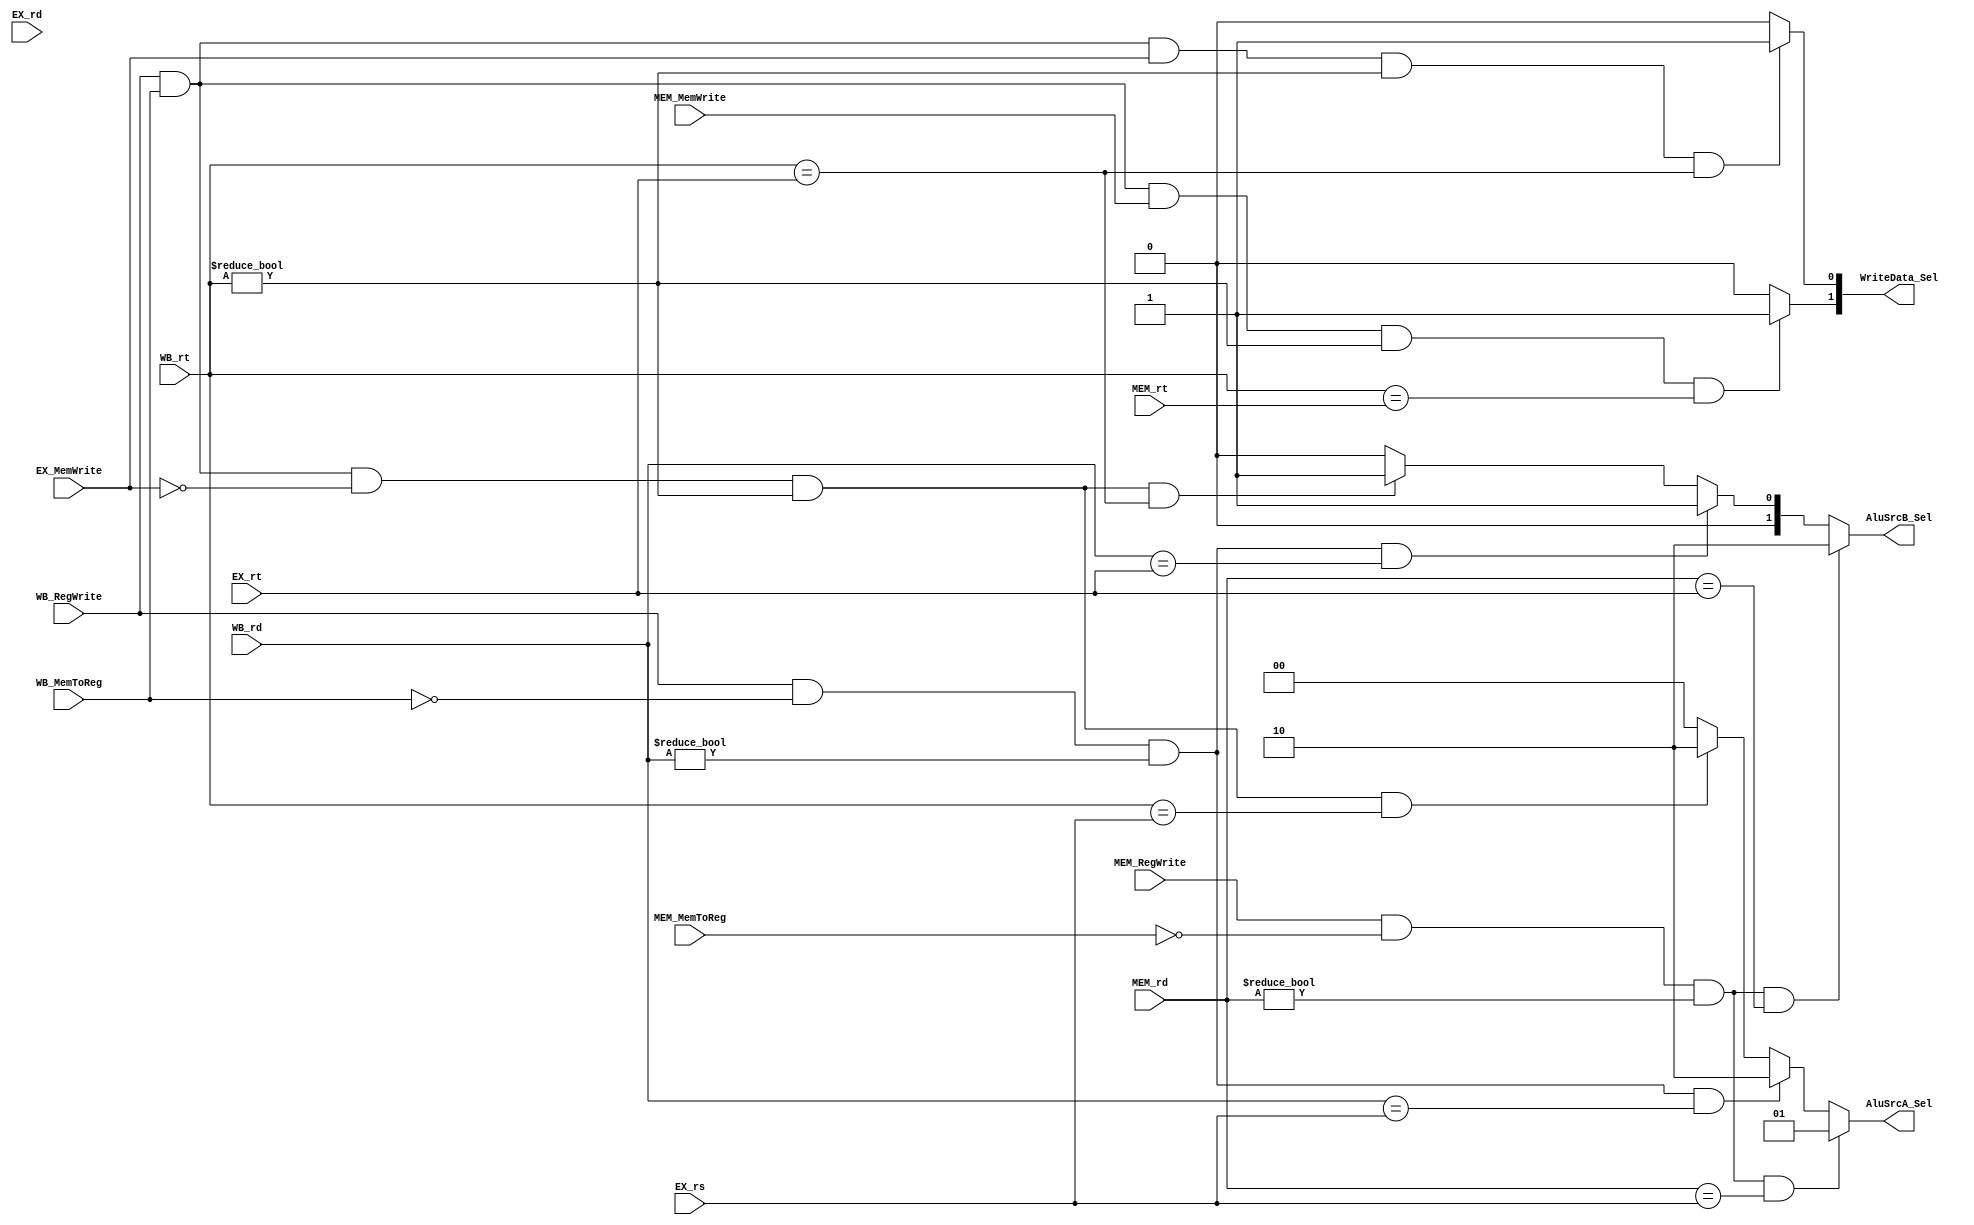
`timescale 1ns / 1ps

module ForwardUnit(
    input [4:0] EX_rs,
    input [4:0] EX_rt,
    input [4:0] EX_rd,
    input EX_MemWrite,

    input [4:0] MEM_rd,
    input [4:0] MEM_rt,
    input MEM_RegWrite,
    input MEM_MemToReg,
    input MEM_MemWrite,


    input [4:0] WB_rd,
    input [4:0] WB_rt,
    input WB_RegWrite,
    input WB_MemToReg,

    output [1:0] AluSrcA_Sel,
    output [1:0] AluSrcB_Sel,
    output [1:0] WriteData_Sel
    );
    
    // 2023/9/20 
    // assign MemRead = RegWrite & MemToReg; LW
    assign AluSrcB_Sel = ( MEM_RegWrite & (~MEM_MemToReg) & (MEM_rd != 0) & (MEM_rd == EX_rt) ) ? 2'b10 : // Read after Write
                         ( WB_RegWrite  & (~WB_MemToReg)  & (WB_rd != 0)  & (WB_rd == EX_rt)  ) ? 2'b01 : // Read after Write
                         ( WB_RegWrite  &  WB_MemToReg    & (~EX_MemWrite)& (WB_rt != 0)  & (WB_rt == EX_rt)  ) ? 2'b01 : // load-use
                        2'b00;   
    assign AluSrcA_Sel = ( MEM_RegWrite & (~MEM_MemToReg) & (MEM_rd != 0) & (MEM_rd == EX_rs)) ? 2'b01 : // Read after Write
                         ( WB_RegWrite  & (~WB_MemToReg)  & (WB_rd != 0)  & (WB_rd == EX_rs) ) ? 2'b10 : // Read after Write
                         ( WB_RegWrite  &  WB_MemToReg    & (~EX_MemWrite)& (WB_rt != 0)  & (WB_rt == EX_rs) ) ? 2'b10 : // load-use
                        2'b00;

    // Save after load 
    assign WriteData_Sel[0] = ( WB_RegWrite  &  WB_MemToReg & EX_MemWrite & (WB_rt != 0)  & (WB_rt == EX_rt)  ) ? 1'b1 :
                           1'b0;
    assign WriteData_Sel[1] = ( WB_RegWrite  &  WB_MemToReg & MEM_MemWrite & (WB_rt != 0)  & (WB_rt == MEM_rt)  ) ? 1'b1 :
                           1'b0;                    
endmodule